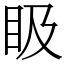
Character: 𥄫